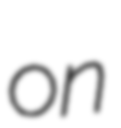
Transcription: on